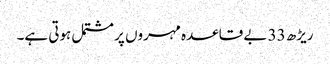
ریڑھ 33 بے قاعدہ مہروں پر مشتمل ہوتی ہے۔